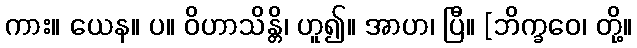
ကား။ ယေန။ ပ။ ဝိဟာသိန္တိ၊ ဟူ၍။ အာဟ၊ ပြီ။ [ဘိက္ခဝေ၊ တို့။